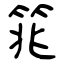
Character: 筄